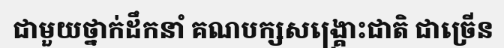
ជាមួយថ្នាក់ដឹកនាំ គណបក្សសង្គ្រោះជាតិ ជាច្រើន